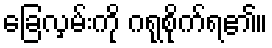
ခြေလှမ်းကို ဂရုစိုက်ရ၏။